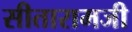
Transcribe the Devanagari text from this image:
सीतारामजी